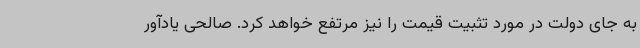
به جای دولت در مورد تثبیت قیمت را نیز مرتفع خواهد کرد. صالحی یادآور